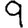
Digit: 9